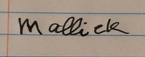
Signature authenticity: forged